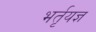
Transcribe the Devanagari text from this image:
भर्तृयज्ञ